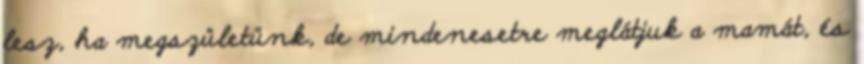
lesz, ha megszületünk, de mindenesetre meglátjuk a mamát, és